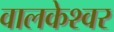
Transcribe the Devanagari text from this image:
वालकेश्वर